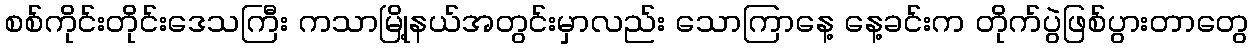
စစ်ကိုင်းတိုင်းဒေသကြီး ကသာမြို့နယ်အတွင်းမှာလည်း သောကြာနေ့ နေ့ခင်းက တိုက်ပွဲဖြစ်ပွားတာတွေ